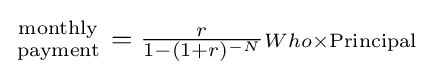
\textstyle {{\rm {monthly}} \atop {\rm {payment}}}={\frac {r}{1-(1+r)^{-N}}}{\scriptstyle {{Who}\times {\rm {Principal}}}}